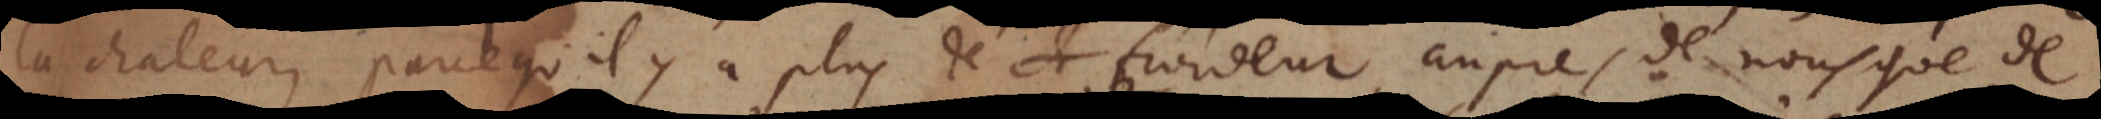
la chaleur, parce qu’il y a plus de froideur aupres de nous que de